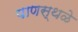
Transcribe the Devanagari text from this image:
पाणस्थळे